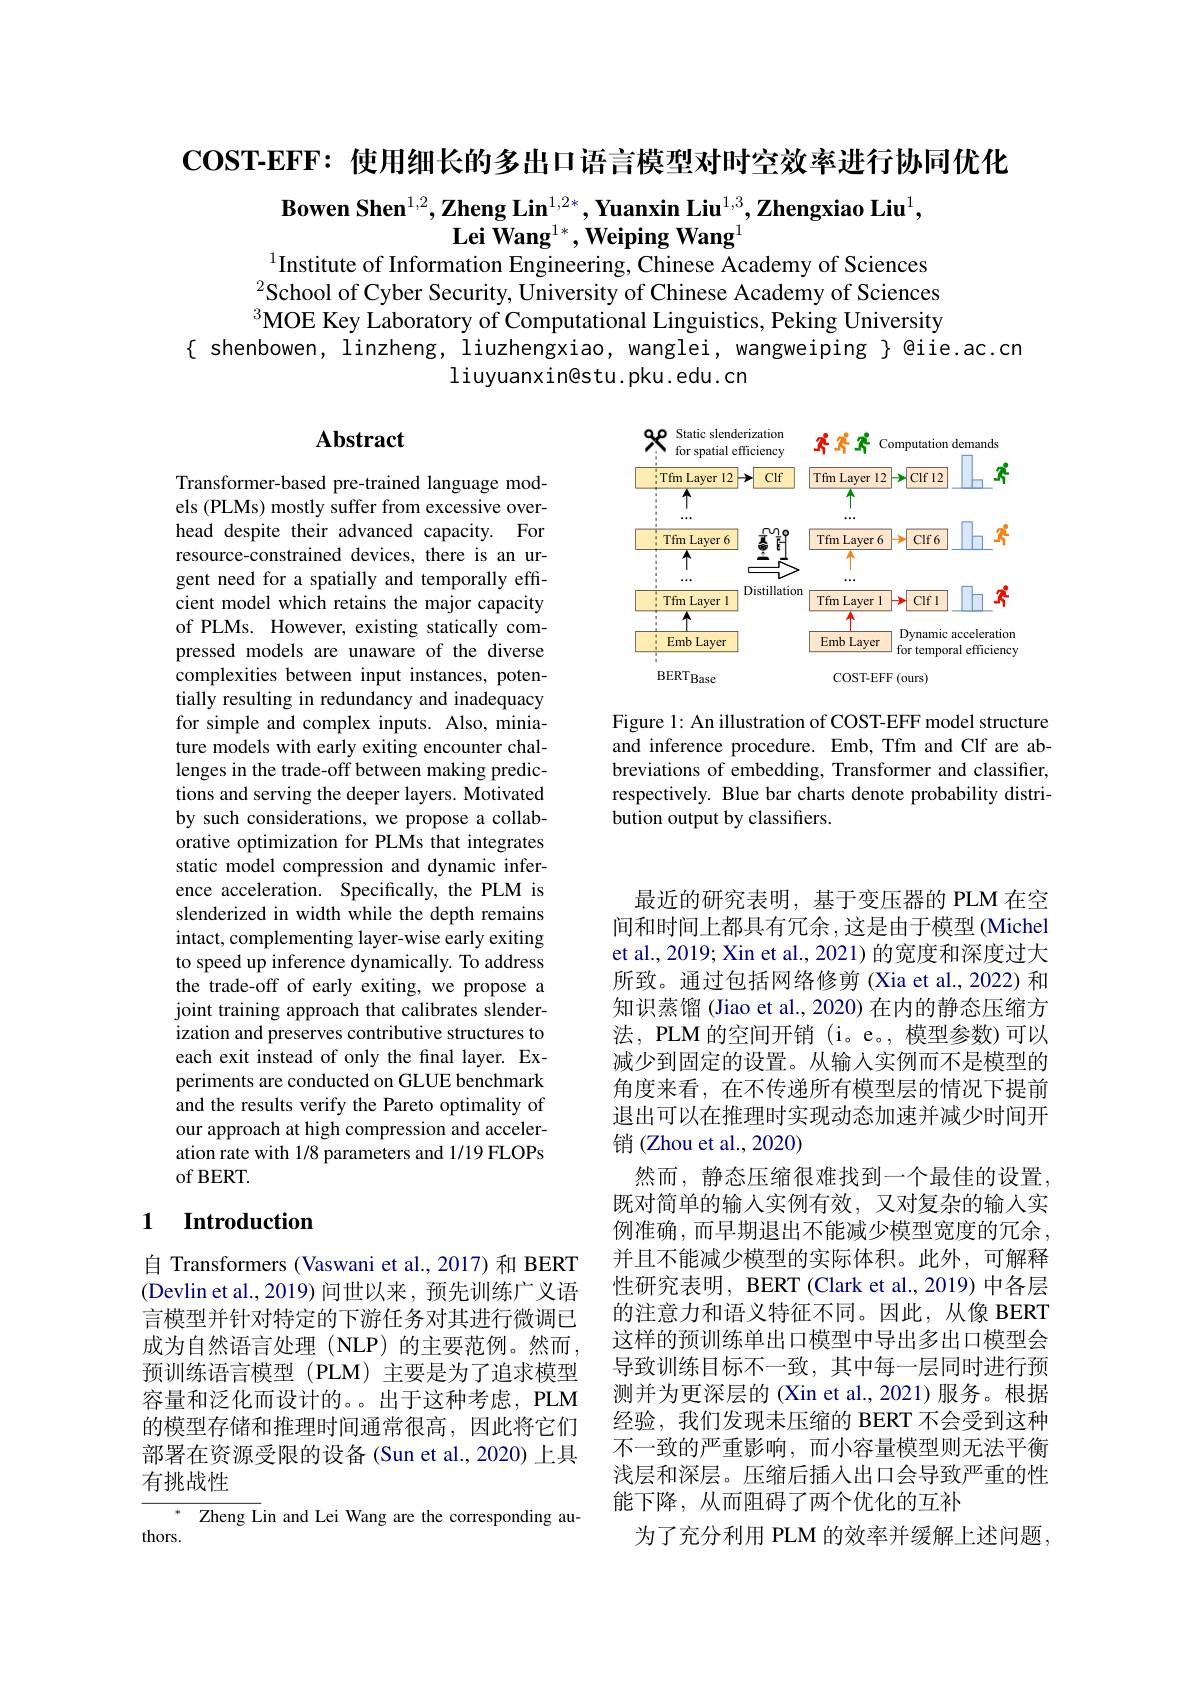
COST-EFF: 使用细长的多出口语言模型对时空效率进行协同优化

$\textbf{Bowen Shen}^{1,2},\textbf{Zheng Lin}^{1,2*},\textbf{Yuanxin Liu}^{1,3},\textbf{Zhengxiao Liu}^{1}$,
$\mathrm{Lei~Wang^{1*},Weiping~Wang}^{1}$
$^{1}$Institute of Information Engineering, Chinese Academy of Sciences

$^{2}$School of Cyber Security, University of Chinese Academy of Sciences $^3$MOE Key Laboratory of Computational Linguistics, Peking University
{ shenbowen, linzheng, liuzhengxiao, wanglei, wangweiping }@iie.ac.cn
liuyuanxin@stu.pku.edu.cn

## $\mathbf{Abstract}$

<FigureHere>

Figure 1: An illustration of COST-EFF model structure and inference procedure. Emb, Tfm and Clf are abbreviations of embedding, Transformer and classifier, respectively. Blue bar charts denote probability distribution output by classifiers.

Transformer-based pre-trained language models (PLMs) mostly suffer from excessive overhead despite their advanced capacity. For resource-constrained devices, there is an urgent need for a spatially and temporally efficient model which retains the major capacity of PLMs. However, existing statically compressed models are unaware of the diverse complexities between input instances, potentially resulting in redundancy and inadequacy for simple and complex inputs. Also, miniature models with early exiting encounter challenges in the trade-off between making predictions and serving the deeper layers. Motivated by such considerations, we propose a collaborative optimization for PLMs that integrates static model compression and dynamic inference acceleration. Specifically, the PLM is slenderized in width while the depth remains intact, complementing layer-wise early exiting to speed up inference dynamically. To address the trade-off of early exiting, we propose a joint training approach that calibrates slenderization and preserves contributive structures to each exit instead of only the final layer. Experiments are conducted on GLUE benchmark and the results verify the Pareto optimality of our approach at high compression and acceleration rate with 1/8 parameters and 1/19 FLOPs of BERT.

## 1 Introduction

最近的研究表明，基于变压器的 PLM 在空间和时间上都具有冗余，这是由于模型(Michel et al., 2019; Xin et al., 2021) 的宽度和深度过大所致。通过包括网络修剪 (Xia et al., 2022) 和知识蒸馏 (Jiao et al., 2020) 在内的静态压缩方法，PLM 的空间开销 (i。e。, 模型参数)可以减少到固定的设置。从输入实例而不是模型的角度来看，在不传递所有模型层的情况下提前退出可以在推理时实现动态加速并减少时间开销 (Zhou et al., 2020)
然而，静态压缩很难找到一个最佳的设置， 既对简单的输入实例有效，又对复杂的输人实例准确，而早期退出不能减少模型宽度的冗余， 并且不能减少模型的实际体积。此外，可解释性研究表明，BERT (Clark et al.,2019) 中各层的注意力和语义特征不同。因此，从像 BERT 这样的预训练单出口模型中导出多出口模型会导致训练目标不一致，其中每一层同时进行预测并为更深层的(Xin et al.,2021)服务。根据经验，我们发现未压缩的 BERT 不会受到这种不一致的严重影响，而小容量模型则无法平衡浅层和深层。压缩后插入出口会导致严重的性能下降，从而阻碍了两个优化的互补
为了充分利用 PLM 的效率并缓解上述问题，

自 Transformers (Vaswani et al., 2017) 和 BERT (Devlin et al., 2019) 问世以来，预先训练广义语言模型并针对特定的下游任务对其进行微调已成为自然语言处理(NLP)的主要范例。然而预训练语言模型(PLM)主要是为了追求模型容量和泛化而设计的。出于这种考虑，PLM 的模型存储和推理时间通常很高，因此将它们部署在资源受限的设备(Sun et al.,2020)上具有挑战性

Zheng Lin and Lei Wang are the corresponding au-
thors.